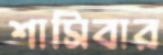
শাসিবার